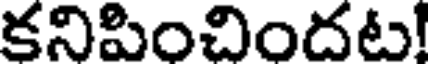
కనిపించిందట!